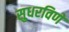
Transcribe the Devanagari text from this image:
सुधरविणे